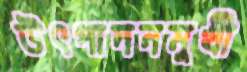
উৎপাদনমুখী